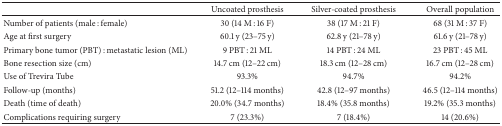
|  | Uncoated prosthesis | Silver-coated prosthesis | Overall population |
 | --- | --- | --- | --- |
 | Number of patients (male : female) | 30 (14 M : 16 F) | 38 (17 M : 21 F) | 68 (31 M : 37 F) |
 | Age at first surgery | 60.1 y (23–75 y) | 62.8 y (21–78 y) | 61.6 y (21–78 y) |
 | Primary bone tumor (PBT) : metastatic lesion (ML) | 9 PBT : 21 ML | 14 PBT : 24 ML | 23 PBT : 45 ML |
 | Bone resection size (cm) | 14.7 cm (12–22 cm) | 18.3 cm (12–28 cm) | 16.7 cm (12–28 cm) |
 | Use of Trevira Tube | 93.3% | 94.7% | 94.2% |
 | Follow-up (months) | 51.2 (12–114 months) | 42.8 (12–97 months) | 46.5 (12–114 months) |
 | Death (time of death) | 20.0% (34.7 months) | 18.4% (35.8 months) | 19.2% (35.3 months) |
 | Complications requiring surgery | 7 (23.3%) | 7 (18.4%) | 14 (20.6%) |